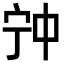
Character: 𡧲